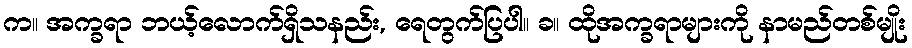
က။ အက္ခရာ ဘယ့်လောက်ရှိသနည်း, ရေတွက်ပြပါ။ ခ။ ထိုအက္ခရာများကို နာမည်တစ်မျိုး